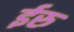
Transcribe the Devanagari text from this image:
ईरु